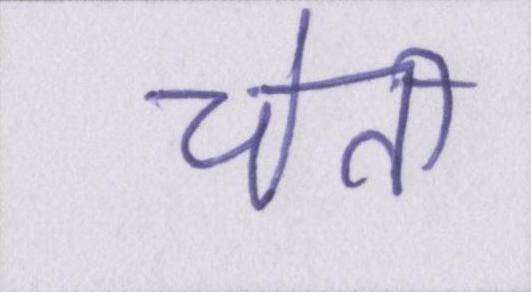
चेती